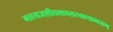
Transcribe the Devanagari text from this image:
मलयजशीतलाम्सस्यश्यामलाम्